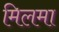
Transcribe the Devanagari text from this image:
मिलमा